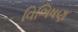
વિભિષણ